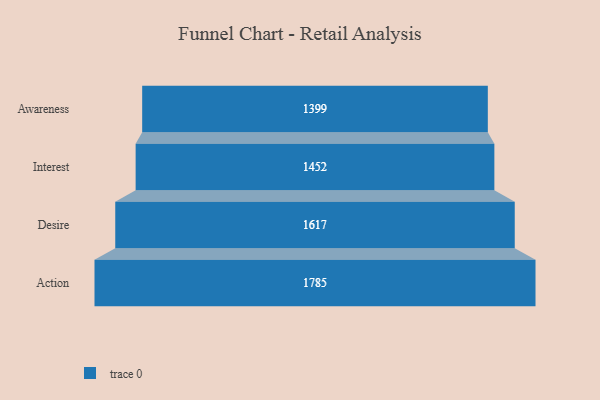
{"axis": {"x": "Stage", "y": "Value"}, "legend": [""], "data": [{"x": "Awareness", "y": 1399.0, "type": ""}, {"x": "Interest", "y": 1452.0, "type": ""}, {"x": "Desire", "y": 1617.0, "type": ""}, {"x": "Action", "y": 1785.0, "type": ""}]}